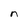
Character: n